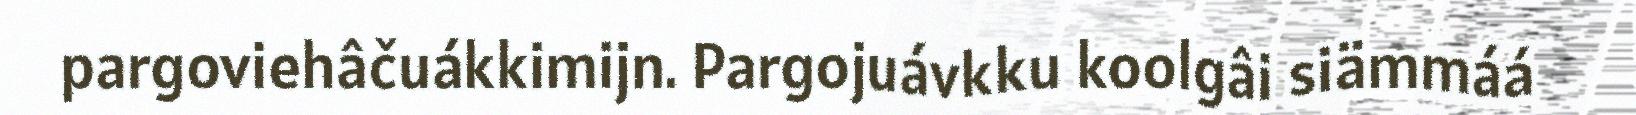
pargoviehâčuákkimijn. Pargojuávkku koolgâi siämmáá